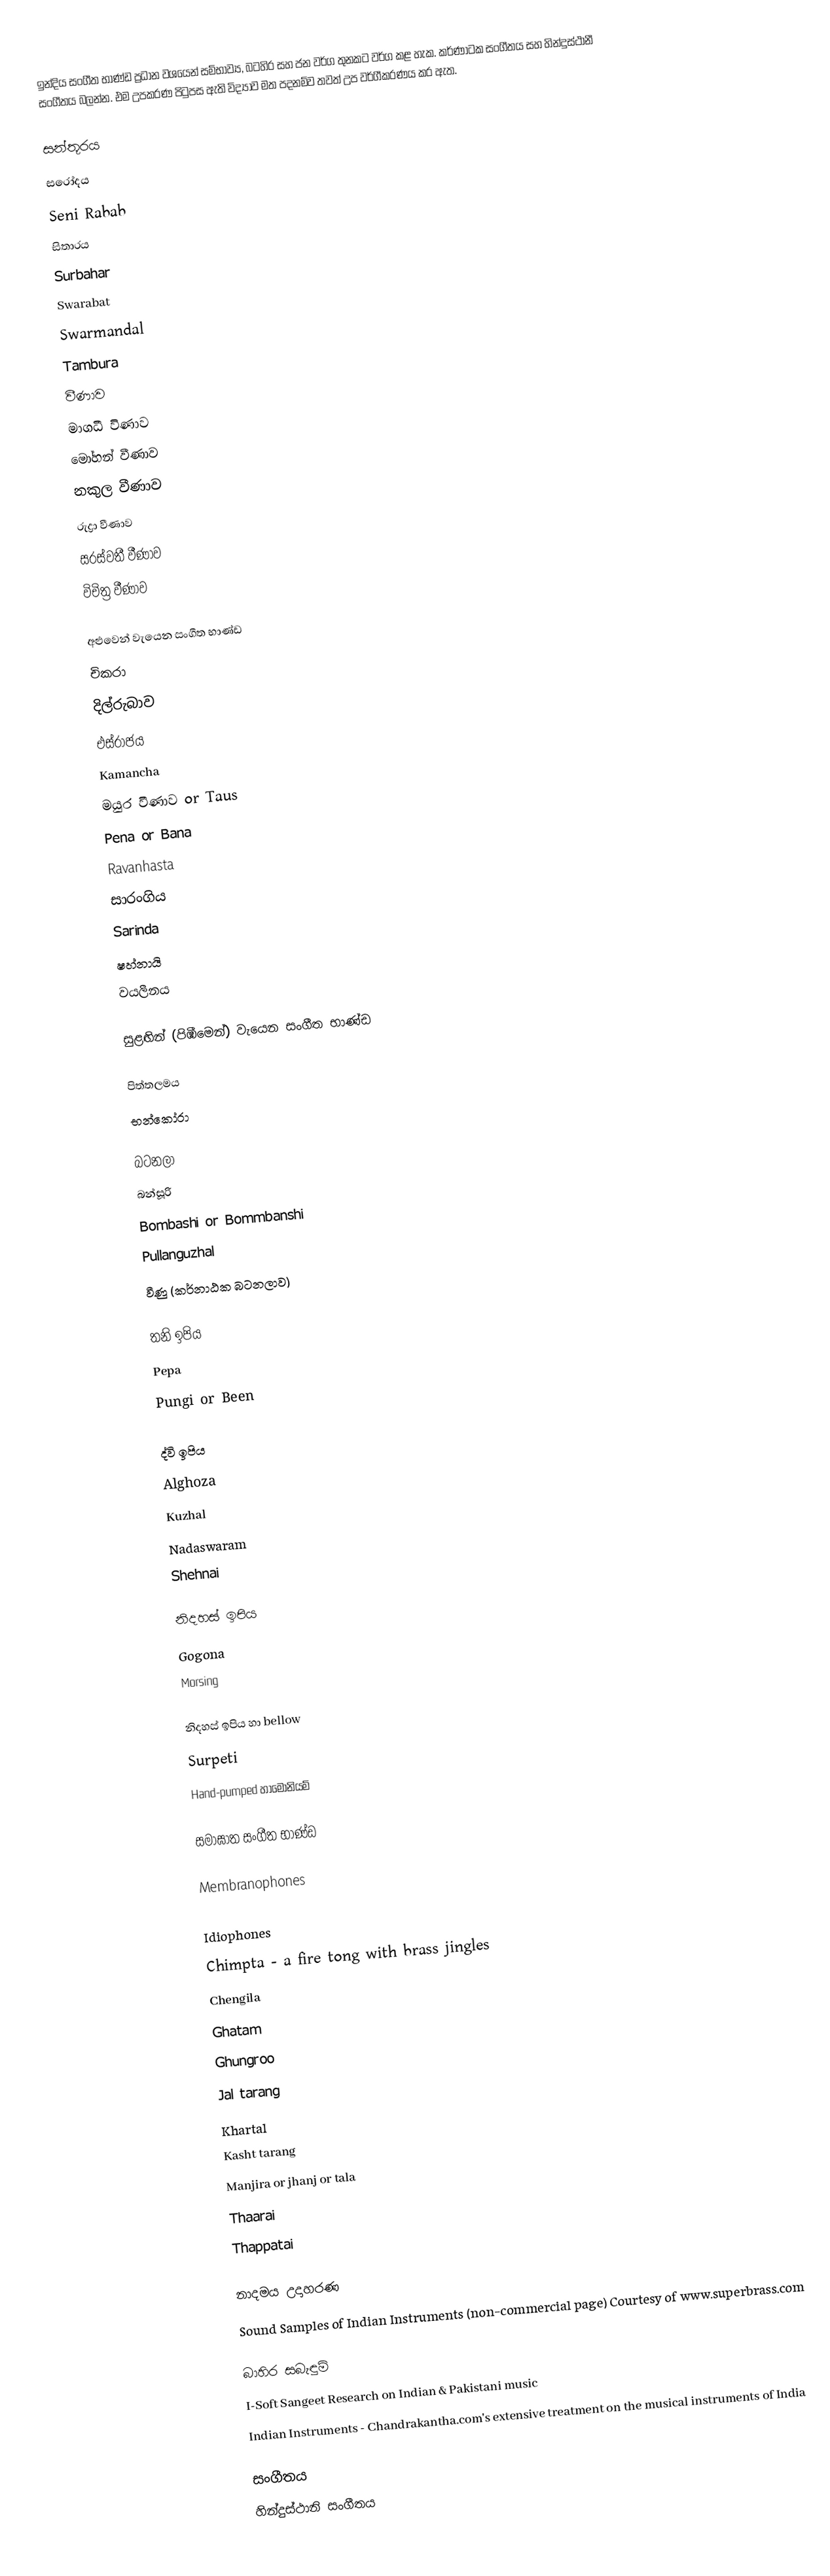
ඉන්දිය සංගීත භාණ්ඩ ප්‍රධාන වශයෙන් සම්භාව්‍ය, බටහිර සහ ජන වර්ග තුනකට වර්ග කළ හැක. කර්ණාටක සංගීතය සහ හින්දුස්ථානී සංගීතය බලන්න. එම උපකරණ පිටුපස ඇති විද්‍යාව මත පදනම්ව තවත් උප වර්ගීකරණය කර ඇත.

 සන්තූරය
 සරෝදය
 Seni Rabab
 සිතාරය
 Surbahar
 Swarabat
 Swarmandal
 Tambura
 වීණාව
 මාගධී විණාව
 මෝහන් වීණාව
 නකුල වීණාව
 රුද්‍රා වීණාව
 සරස්වතී වීණාව
 විචිත්‍ර වීණාව

අළුවෙන් වැයෙන සංගීත භාණ්ඩ
 චිකරා
 දිල්රුබාව
 එස්රාජය
 Kamancha
 මයුර වීණාව or Taus
 Pena or Bana
 Ravanhasta
 සාරංගිය
 Sarinda
 ෂහ්නායි
 වයලීනය

සුළඟින් (පිඹීමෙන්) වැයෙන සංගීත භාණ්ඩ

පිත්තලමය
 භන්කෝරා

බටනලා
 බන්සූරි
 Bombashi or Bommbanshi
 Pullanguzhal
 වීණු (කර්නාඨක බ‍ටනලාව)

තනි ඉපිය
 Pepa
 Pungi or Been

ද්වි ඉපිය
 Alghoza
 Kuzhal
 Nadaswaram
 Shehnai

නිදහස් ඉපිය
 Gogona
 Morsing

නිදහස් ඉපිය හා bellow
 Surpeti
 Hand-pumped හාමෝනියම්

සමාඝාත සංගීත භාණ්ඩ

Membranophones

Idiophones
 Chimpta - a fire tong with brass jingles
 Chengila
 Ghatam
 Ghungroo
 Jal tarang
 Khartal
 Kasht tarang
 Manjira or jhanj or tala
 Thaarai
 Thappatai

නාදමය උදාහරණ
Sound Samples of Indian Instruments (non-commercial page) Courtesy of www.superbrass.com

බාහිර සබැඳුම්
 I-Soft Sangeet Research on Indian & Pakistani music
 Indian Instruments - Chandrakantha.com's extensive treatment on the musical instruments of India

සංගීතය
හින්දුස්ථානි සංගීතය